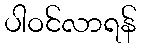
ပါဝင်လာရန်